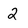
Character: 2